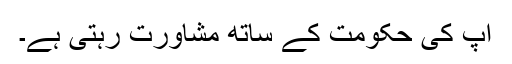
آپ کی حکومت کے ساتھ مشاورت رہتی ہے۔